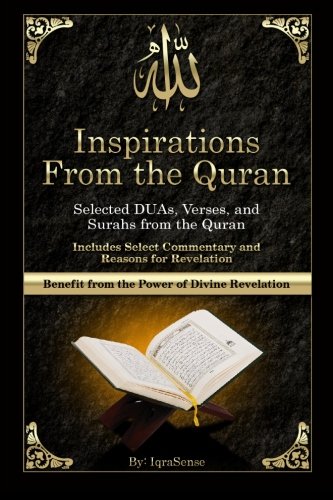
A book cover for Inspirations from the Quran - Selected DUAs, Verses, and Surahs from the Quran: Includes Select Commentary, Tafsir, and Reasons for Revelation; IqraSense; Religion & Spirituality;